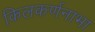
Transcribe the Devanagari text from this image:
किलकर्णनाभा